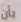
بأن